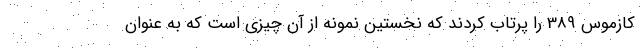
کازموس 389 را پرتاب کردند که نخستین نمونه از آن چیزی است که به عنوان